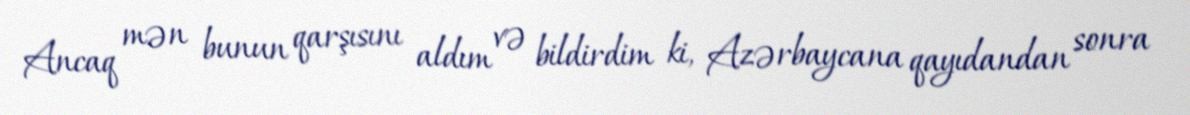
Ancaq mən bunun qarşısını aldım və bildirdim ki, Azərbaycana qayıdandan sonra